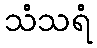
သံသရံ